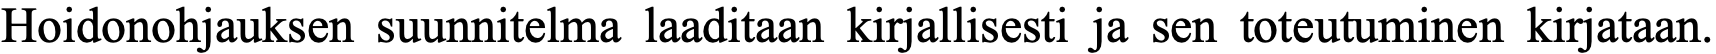
Hoidonohjauksen suunnitelma laaditaan kirjallisesti ja sen toteutuminen kirjataan.